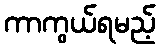
ကာကွယ်ရမည့်